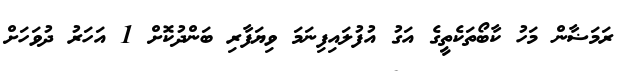
ރަމަޟާން މަހު ކާބޯތަކެތީގެ އަގު އުފުލައިފިނަމަ ވިޔަފާރި ބަންދުކޮށް 1 އަހަރު ދުވަހަށް